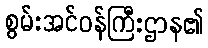
စွမ်းအင်ဝန်ကြီးဌာန၏